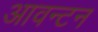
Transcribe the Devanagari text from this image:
आवन्टन